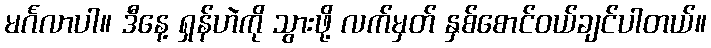
မင်္ဂလာပါ။ ဒီနေ့ ရှန်ဟဲကို သွားဖို့ လက်မှတ် နှစ်စောင်ဝယ်ချင်ပါတယ်။